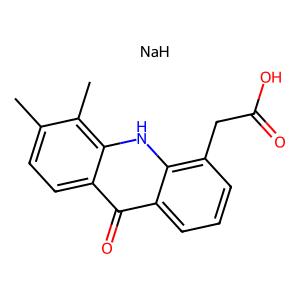
SMILES: Cc1ccc2c(=O)c3cccc(CC(=O)O)c3[nH]c2c1C.[NaH]
Inhibits HIV replication: No